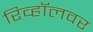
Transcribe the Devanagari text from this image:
रिव्हॉलवर